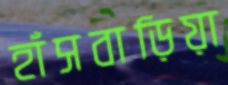
হাঁসবাড়িয়া